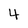
Character: 4